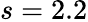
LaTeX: s=2.2